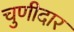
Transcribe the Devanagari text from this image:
चुणीदार